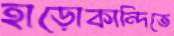
হাড়োকান্দিতে